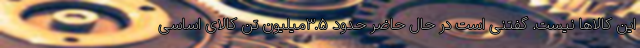
این کالاها نیست. گفتنی است در حال حاضر حدود ۳.۵میلیون تن کالای اساسی